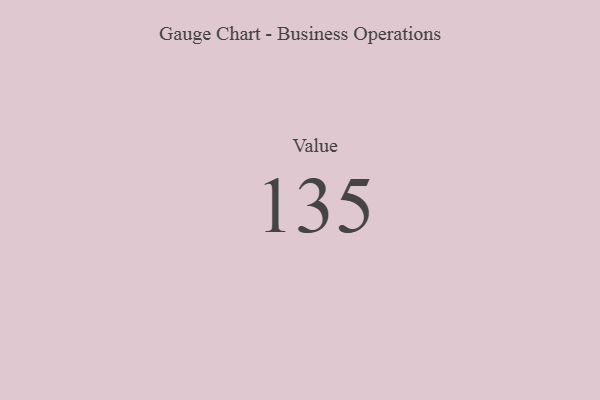
{"axis": {"x": "Metric", "y": "Value"}, "legend": [""], "data": [{"x": "Value", "y": 135, "type": ""}]}